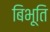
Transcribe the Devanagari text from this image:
बिभूति